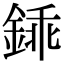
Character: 𨧰